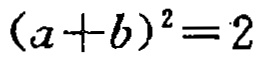
\((a + b)^2 = 2\)